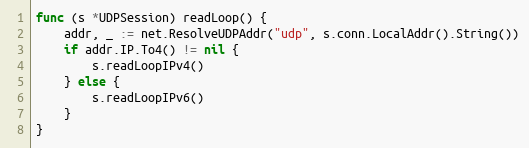
Language: Go
func (s *UDPSession) readLoop() {
	addr, _ := net.ResolveUDPAddr("udp", s.conn.LocalAddr().String())
	if addr.IP.To4() != nil {
		s.readLoopIPv4()
	} else {
		s.readLoopIPv6()
	}
}